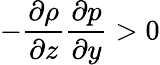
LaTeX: -\frac{\partial\rho}{\partial z}\frac{\partial p}{\partial y}>0